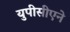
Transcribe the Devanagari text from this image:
युपीसीएने